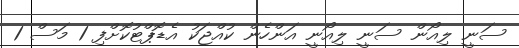
ސަނީ ލިއޯން ސަނީ ލިއޯނީ އަންހެން ކުއްޖަކު އެޑޮޕްޓުކޮށްފި 1 މަސް 1